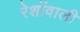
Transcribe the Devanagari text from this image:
रेशोंवाली